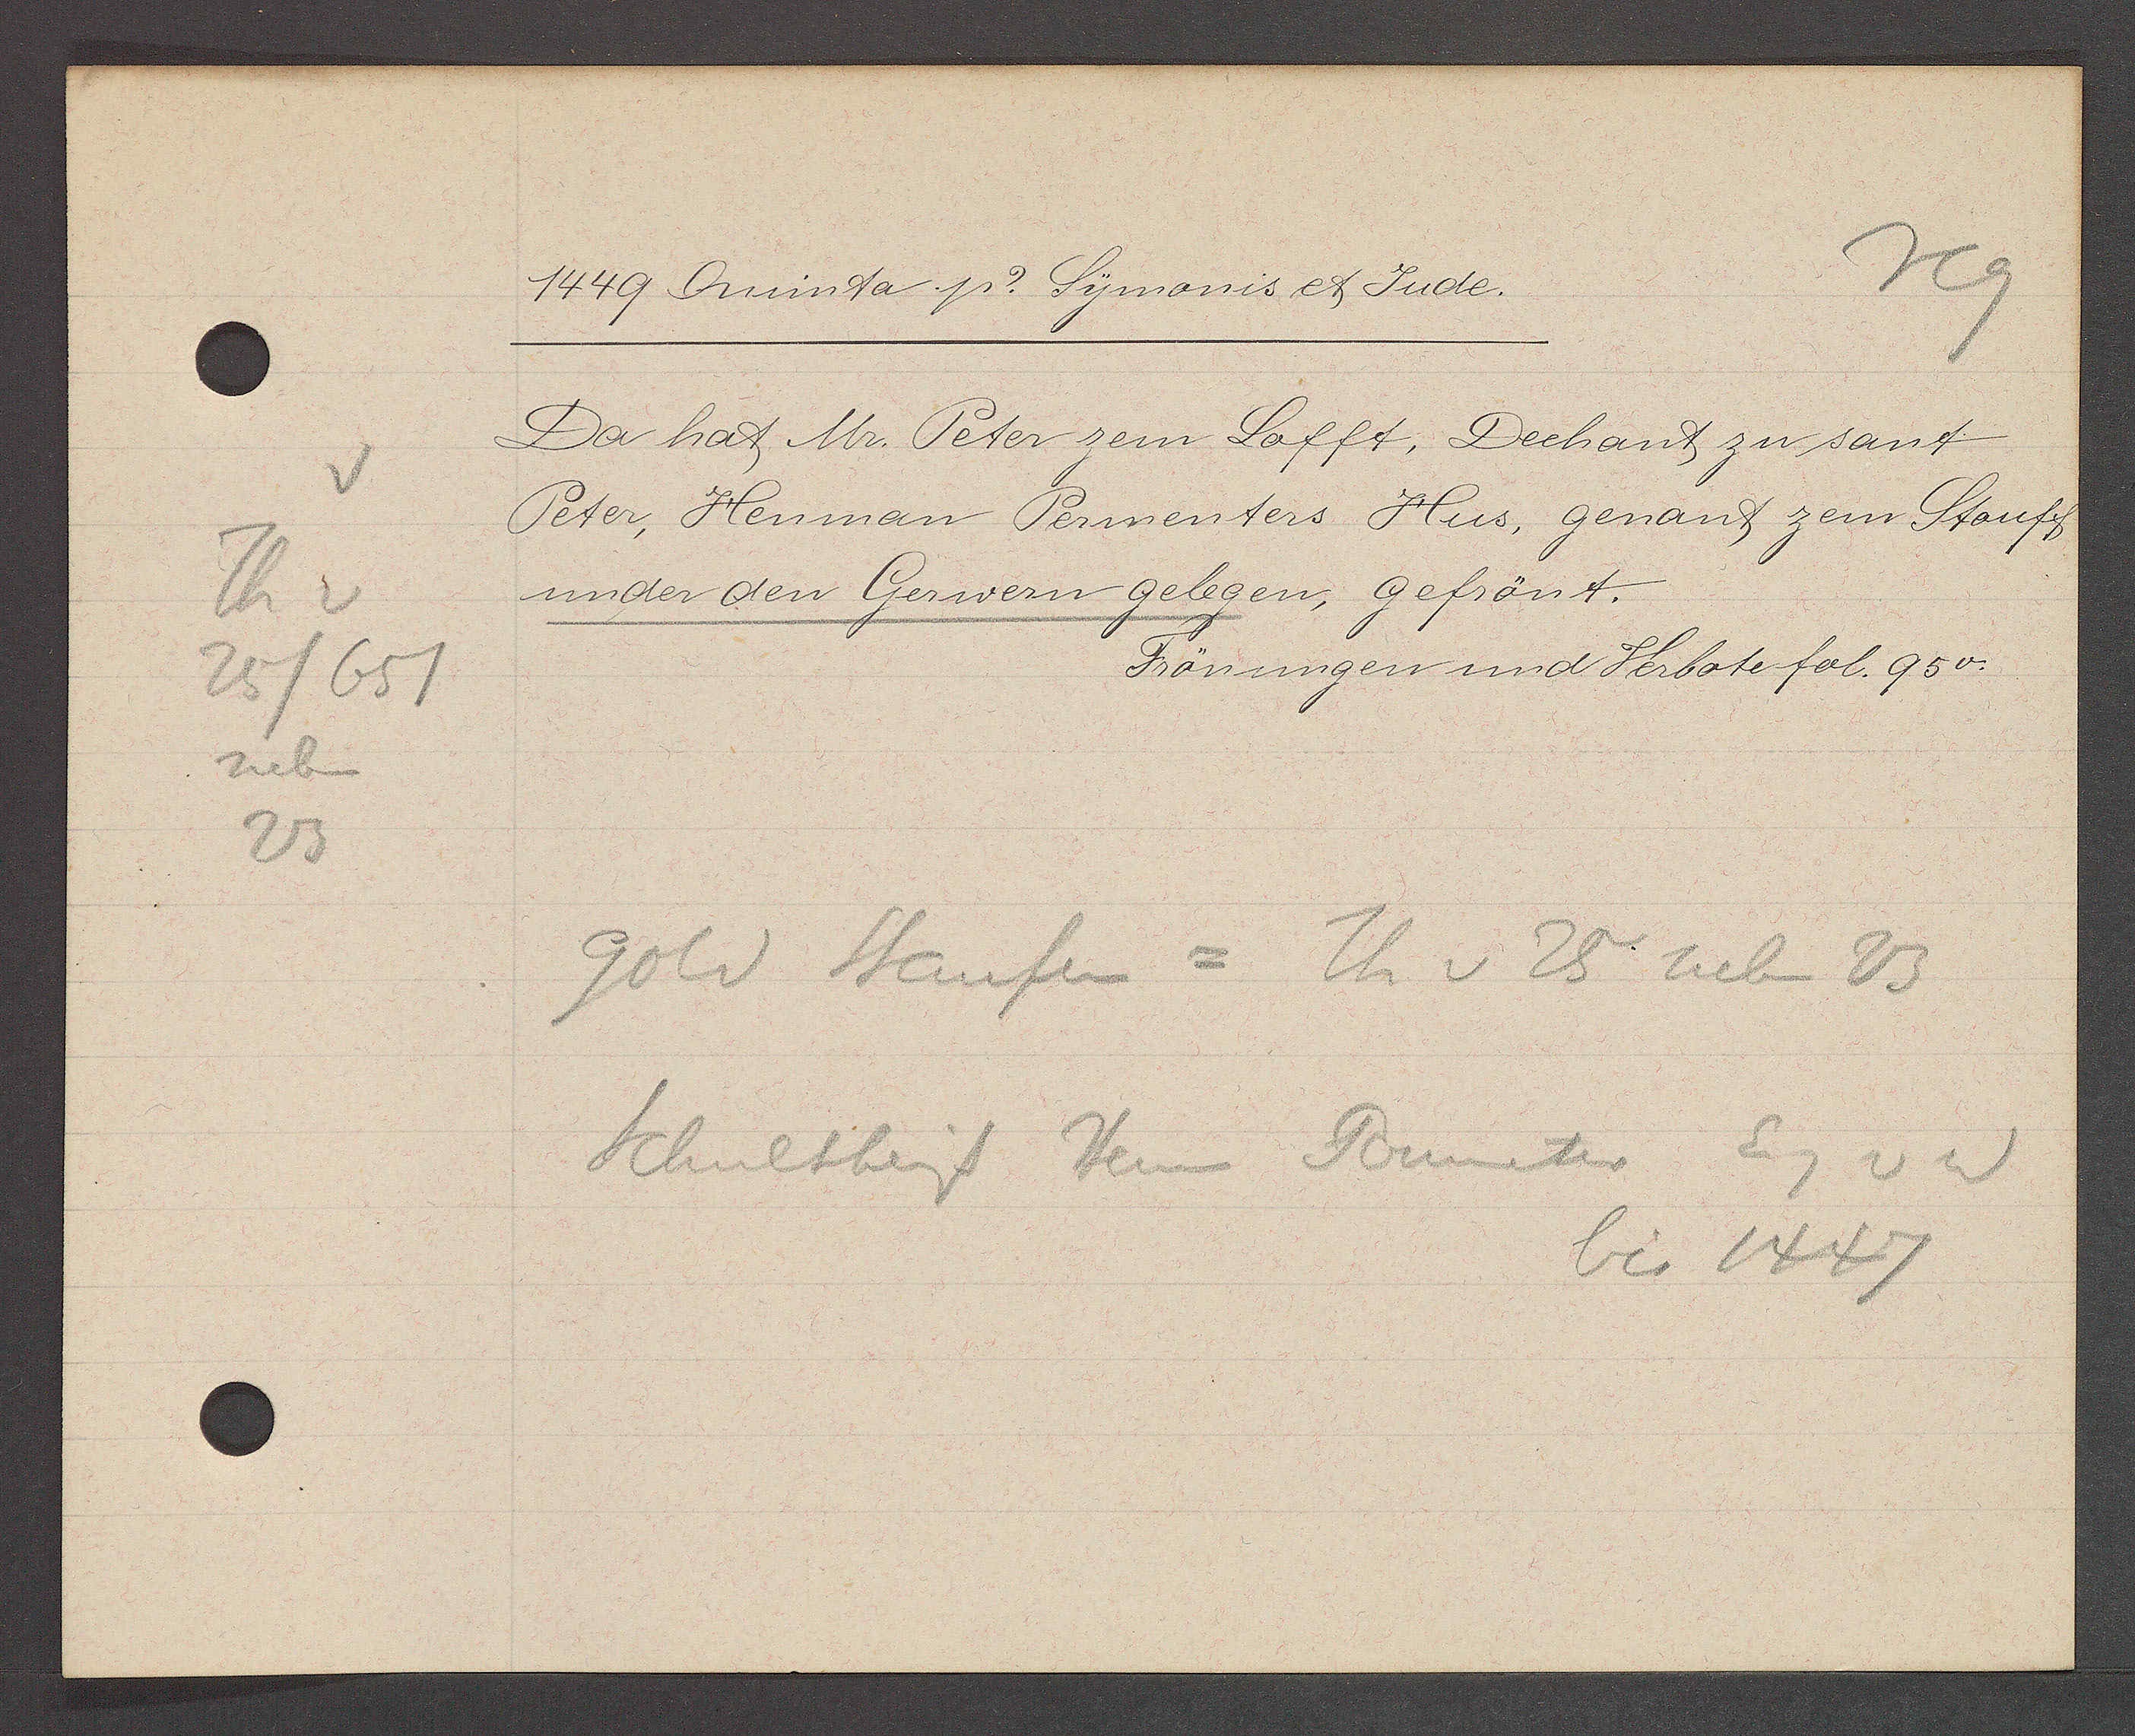
Transcript:
Th v
25/651
23
neben

1449 Oninta. p? Symonis et Jude.

Da hat Mr. Peter zem Lofft, Dechant zu sant
Peter, Henman Permenters Hus, genant zem Stouff
under den Gerwern gelegen, gefrönt.
Frönungen und Verbote fol. 95v.

gold Staufen = Th v 25 neben 23
Schultheiss Herm Permenter Eig v w
bis 1447